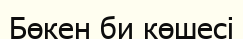
Бөкен би көшесі